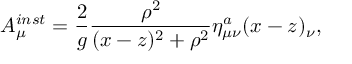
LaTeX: A _ { \mu } ^ { i n s t } = \frac { 2 } { g } \frac { \rho ^ { 2 } } { ( x - z ) ^ { 2 } + \rho ^ { 2 } } \eta _ { \mu \nu } ^ { a } ( x - z ) _ { \nu } ,